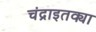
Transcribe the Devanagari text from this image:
चंद्राइतक्या